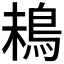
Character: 𩿲